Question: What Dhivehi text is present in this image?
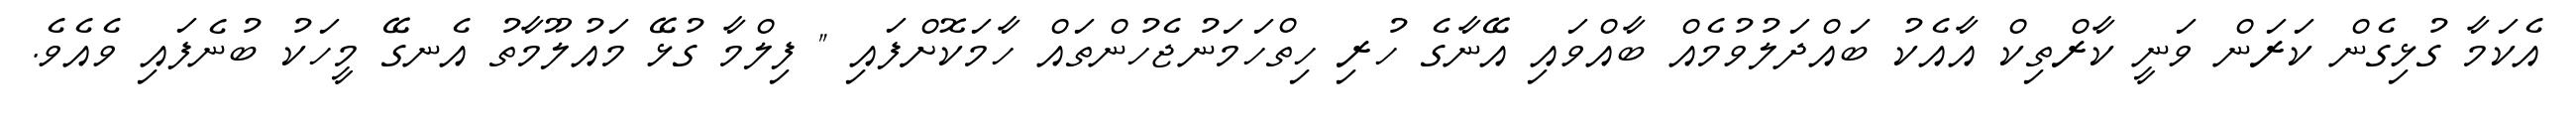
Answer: އެކަމާ ގުޅިގެން ކަރަން ވަނީ ކާރްތިކް އާއެކު ބައްދަލުވުމެއް ބާއްވައި އޭނާގެ ހުރި ހިތްހަމަނުޖެހުންތައް ހާމަކޮށްފައި " ފިލްމާ ގުޅޭ މައުލޫމާތު އެނގޭ މީހަކު ބުނެފައި ވެއެވެ.